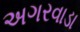
અગરવાડા